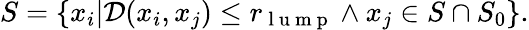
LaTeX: S=\{ x_{i}|\mathcal{D}(x_{i},x_{j})\leq r_{\mathrm{~l~u~m~p~}}\land x_{j}\in S\cap S_{0}\} .